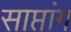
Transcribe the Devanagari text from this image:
साप्तांग